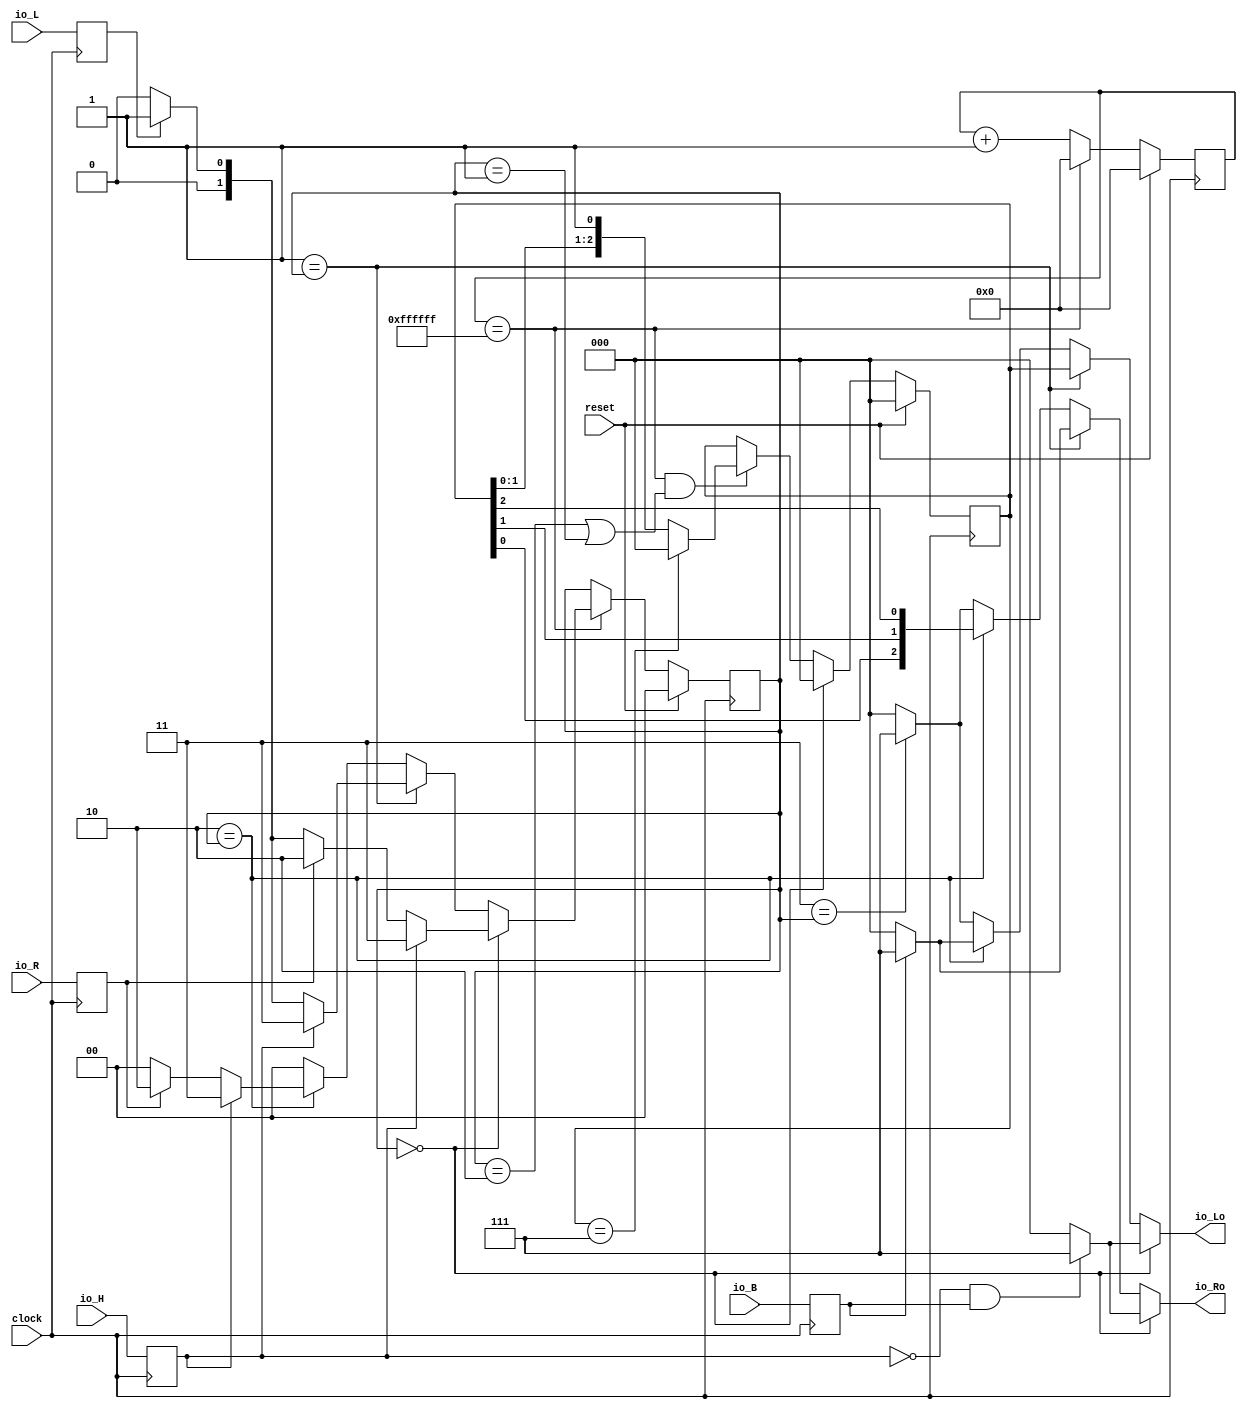
module Thunderbird(
  input        clock,
  input        reset,
  input        io_L,
  input        io_R,
  input        io_H,
  input        io_B,
  output [2:0] io_Lo,
  output [2:0] io_Ro
);
  reg  L; // @[lib.scala 16:19]
  reg [31:0] _RAND_0;
  reg  R; // @[lib.scala 16:19]
  reg [31:0] _RAND_1;
  reg  H; // @[lib.scala 16:19]
  reg [31:0] _RAND_2;
  reg  B; // @[lib.scala 16:19]
  reg [31:0] _RAND_3;
  reg [23:0] _T; // @[lib.scala 9:27]
  reg [31:0] _RAND_4;
  wire  tick; // @[lib.scala 10:25]
  wire [23:0] _T_2; // @[lib.scala 11:39]
  reg [1:0] stateReg; // @[Thunderbird.scala 26:25]
  reg [31:0] _RAND_5;
  wire  _T_11; // @[Conditional.scala 37:30]
  wire  _T_12; // @[Conditional.scala 37:30]
  wire  _T_13; // @[Thunderbird.scala 65:18]
  wire  _T_14; // @[Conditional.scala 37:30]
  wire  _T_15; // @[Thunderbird.scala 74:18]
  wire  _T_16; // @[Conditional.scala 37:30]
  reg [2:0] turnReg; // @[Thunderbird.scala 33:24]
  reg [31:0] _RAND_6;
  wire  _T_4; // @[Thunderbird.scala 42:26]
  wire  _T_5; // @[Thunderbird.scala 42:52]
  wire  _T_6; // @[Thunderbird.scala 42:40]
  wire  _T_7; // @[Thunderbird.scala 42:13]
  wire [1:0] _T_8; // @[Thunderbird.scala 43:23]
  wire [2:0] _T_9; // @[Thunderbird.scala 43:30]
  wire  _T_10; // @[Thunderbird.scala 44:18]
  wire  _T_18; // @[Thunderbird.scala 89:12]
  wire  _T_19; // @[Thunderbird.scala 89:15]
  wire [2:0] _GEN_14; // @[Thunderbird.scala 89:20]
  wire [2:0] _GEN_15; // @[Thunderbird.scala 96:14]
  wire  _T_23; // @[Bitwise.scala 108:18]
  wire  _T_24; // @[Bitwise.scala 108:44]
  wire  _T_26; // @[Bitwise.scala 108:44]
  wire [2:0] _T_27; // @[Cat.scala 29:58]
  wire [2:0] _GEN_16; // @[Conditional.scala 39:67]
  wire [2:0] _GEN_17; // @[Conditional.scala 39:67]
  wire [2:0] _GEN_18; // @[Conditional.scala 39:67]
  wire [2:0] _GEN_19; // @[Conditional.scala 39:67]
  wire [2:0] _GEN_20; // @[Conditional.scala 39:67]
  assign tick = _T == 24'hffffff; // @[lib.scala 10:25]
  assign _T_2 = _T + 24'h1; // @[lib.scala 11:39]
  assign _T_11 = 2'h0 == stateReg; // @[Conditional.scala 37:30]
  assign _T_12 = 2'h1 == stateReg; // @[Conditional.scala 37:30]
  assign _T_13 = L == 1'h0; // @[Thunderbird.scala 65:18]
  assign _T_14 = 2'h2 == stateReg; // @[Conditional.scala 37:30]
  assign _T_15 = R == 1'h0; // @[Thunderbird.scala 74:18]
  assign _T_16 = 2'h3 == stateReg; // @[Conditional.scala 37:30]
  assign _T_4 = stateReg == 2'h2; // @[Thunderbird.scala 42:26]
  assign _T_5 = stateReg == 2'h1; // @[Thunderbird.scala 42:52]
  assign _T_6 = _T_4 | _T_5; // @[Thunderbird.scala 42:40]
  assign _T_7 = tick & _T_6; // @[Thunderbird.scala 42:13]
  assign _T_8 = turnReg[1:0]; // @[Thunderbird.scala 43:23]
  assign _T_9 = {_T_8,1'h1}; // @[Thunderbird.scala 43:30]
  assign _T_10 = turnReg == 3'h7; // @[Thunderbird.scala 44:18]
  assign _T_18 = H == 1'h0; // @[Thunderbird.scala 89:12]
  assign _T_19 = _T_18 & B; // @[Thunderbird.scala 89:15]
  assign _GEN_14 = _T_19 ? 3'h7 : 3'h0; // @[Thunderbird.scala 89:20]
  assign _GEN_15 = B ? 3'h7 : 3'h0; // @[Thunderbird.scala 96:14]
  assign _T_23 = _T_8[0]; // @[Bitwise.scala 108:18]
  assign _T_24 = _T_8[1]; // @[Bitwise.scala 108:44]
  assign _T_26 = turnReg[2]; // @[Bitwise.scala 108:44]
  assign _T_27 = {_T_23,_T_24,_T_26}; // @[Cat.scala 29:58]
  assign _GEN_16 = _T_16 ? 3'h7 : 3'h0; // @[Conditional.scala 39:67]
  assign _GEN_17 = _T_14 ? _T_27 : _GEN_16; // @[Conditional.scala 39:67]
  assign _GEN_18 = _T_14 ? _GEN_15 : _GEN_16; // @[Conditional.scala 39:67]
  assign _GEN_19 = _T_12 ? turnReg : _GEN_18; // @[Conditional.scala 39:67]
  assign _GEN_20 = _T_12 ? _GEN_15 : _GEN_17; // @[Conditional.scala 39:67]
  assign io_Lo = _T_11 ? _GEN_14 : _GEN_19; // @[Thunderbird.scala 38:9 Thunderbird.scala 90:15 Thunderbird.scala 95:13 Thunderbird.scala 103:15 Thunderbird.scala 107:13]
  assign io_Ro = _T_11 ? _GEN_14 : _GEN_20; // @[Thunderbird.scala 39:9 Thunderbird.scala 91:15 Thunderbird.scala 97:15 Thunderbird.scala 101:13 Thunderbird.scala 108:13]
`ifdef RANDOMIZE_GARBAGE_ASSIGN
`define RANDOMIZE
`endif
`ifdef RANDOMIZE_INVALID_ASSIGN
`define RANDOMIZE
`endif
`ifdef RANDOMIZE_REG_INIT
`define RANDOMIZE
`endif
`ifdef RANDOMIZE_MEM_INIT
`define RANDOMIZE
`endif
`ifndef RANDOM
`define RANDOM $random
`endif
`ifdef RANDOMIZE_MEM_INIT
  integer initvar;
`endif
`ifndef SYNTHESIS
initial begin
  `ifdef RANDOMIZE
    `ifdef INIT_RANDOM
      `INIT_RANDOM
    `endif
    `ifndef VERILATOR
      `ifdef RANDOMIZE_DELAY
        #`RANDOMIZE_DELAY begin end
      `else
        #0.002 begin end
      `endif
    `endif
  `ifdef RANDOMIZE_REG_INIT
  _RAND_0 = {1{`RANDOM}};
  L = _RAND_0[0:0];
  `endif // RANDOMIZE_REG_INIT
  `ifdef RANDOMIZE_REG_INIT
  _RAND_1 = {1{`RANDOM}};
  R = _RAND_1[0:0];
  `endif // RANDOMIZE_REG_INIT
  `ifdef RANDOMIZE_REG_INIT
  _RAND_2 = {1{`RANDOM}};
  H = _RAND_2[0:0];
  `endif // RANDOMIZE_REG_INIT
  `ifdef RANDOMIZE_REG_INIT
  _RAND_3 = {1{`RANDOM}};
  B = _RAND_3[0:0];
  `endif // RANDOMIZE_REG_INIT
  `ifdef RANDOMIZE_REG_INIT
  _RAND_4 = {1{`RANDOM}};
  _T = _RAND_4[23:0];
  `endif // RANDOMIZE_REG_INIT
  `ifdef RANDOMIZE_REG_INIT
  _RAND_5 = {1{`RANDOM}};
  stateReg = _RAND_5[1:0];
  `endif // RANDOMIZE_REG_INIT
  `ifdef RANDOMIZE_REG_INIT
  _RAND_6 = {1{`RANDOM}};
  turnReg = _RAND_6[2:0];
  `endif // RANDOMIZE_REG_INIT
  `endif // RANDOMIZE
end // initial
`endif // SYNTHESIS
  always @(posedge clock) begin
    L <= io_L;
    R <= io_R;
    H <= io_H;
    B <= io_B;
    if (reset) begin
      _T <= 24'h0;
    end else if (tick) begin
      _T <= 24'h0;
    end else begin
      _T <= _T_2;
    end
    if (reset) begin
      stateReg <= 2'h0;
    end else if (tick) begin
      if (_T_11) begin
        if (H) begin
          stateReg <= 2'h3;
        end else if (R) begin
          stateReg <= 2'h2;
        end else if (L) begin
          stateReg <= 2'h1;
        end else begin
          stateReg <= 2'h0;
        end
      end else if (_T_12) begin
        if (H) begin
          stateReg <= 2'h3;
        end else if (_T_13) begin
          stateReg <= 2'h0;
        end else begin
          stateReg <= 2'h1;
        end
      end else if (_T_14) begin
        if (H) begin
          stateReg <= 2'h3;
        end else if (_T_15) begin
          stateReg <= 2'h0;
        end else begin
          stateReg <= 2'h2;
        end
      end else begin
        stateReg <= 2'h0;
      end
    end
    if (reset) begin
      turnReg <= 3'h0;
    end else if (_T_11) begin
      turnReg <= 3'h0;
    end else if (_T_7) begin
      if (_T_10) begin
        turnReg <= 3'h0;
      end else begin
        turnReg <= _T_9;
      end
    end
  end
endmodule